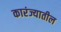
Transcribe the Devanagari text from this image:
कारंज्यातील